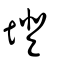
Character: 墱